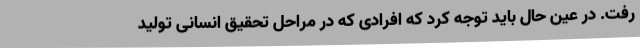
رفت. در عین حال باید توجه کرد که افرادی که در مراحل تحقیق انسانی تولید